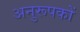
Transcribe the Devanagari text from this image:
अनुरूपकों